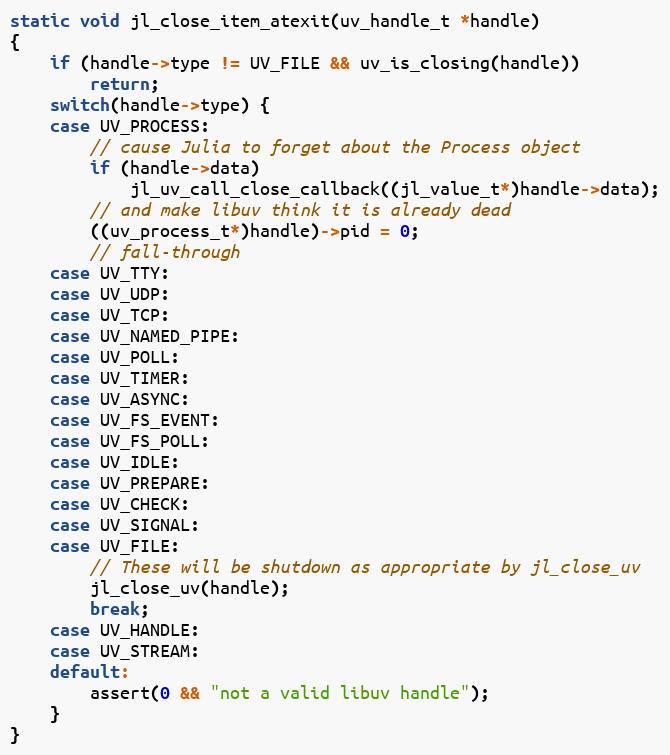
Language: C
static void jl_close_item_atexit(uv_handle_t *handle)
{
    if (handle->type != UV_FILE && uv_is_closing(handle))
        return;
    switch(handle->type) {
    case UV_PROCESS:
        // cause Julia to forget about the Process object
        if (handle->data)
            jl_uv_call_close_callback((jl_value_t*)handle->data);
        // and make libuv think it is already dead
        ((uv_process_t*)handle)->pid = 0;
        // fall-through
    case UV_TTY:
    case UV_UDP:
    case UV_TCP:
    case UV_NAMED_PIPE:
    case UV_POLL:
    case UV_TIMER:
    case UV_ASYNC:
    case UV_FS_EVENT:
    case UV_FS_POLL:
    case UV_IDLE:
    case UV_PREPARE:
    case UV_CHECK:
    case UV_SIGNAL:
    case UV_FILE:
        // These will be shutdown as appropriate by jl_close_uv
        jl_close_uv(handle);
        break;
    case UV_HANDLE:
    case UV_STREAM:
    default:
        assert(0 && "not a valid libuv handle");
    }
}